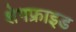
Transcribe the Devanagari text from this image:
शेगफ्राइड